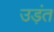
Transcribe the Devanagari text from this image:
उड़ंत